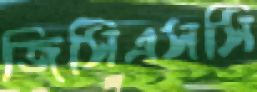
জিসিএসসি